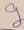
Text: g